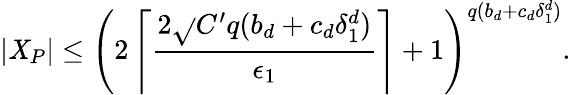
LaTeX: |\mathit{X}_{P}|\leq\left(2\left\lceil\frac{{2\sqrt{}{{C^{\prime}q(b_{d}+c_{d}\delta_{1}^{d})}}}}{{\epsilon_{1}}}\right\rceil+1\right)^{q(b_{d}+c_{d}\delta_{1}^{d})}.